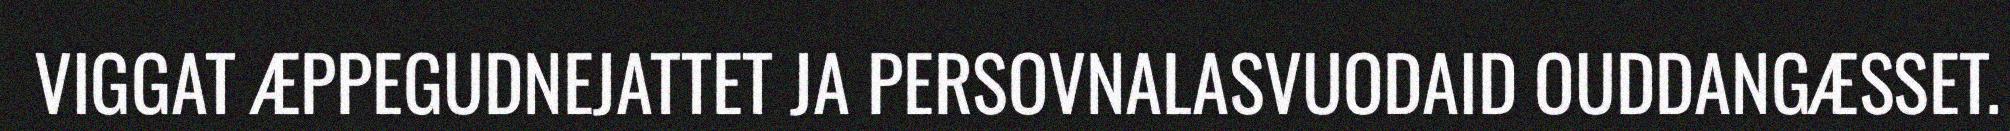
VIGGAT ÆPPEGUDNEJATTET JA PERSOVNALASVUODAID OUDDANGÆSSET.